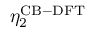
\eta _ { 2 } ^ { \mathrm { C B - D F T } }